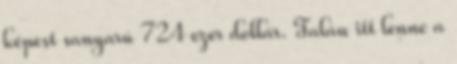
képest sanyarú 724 ezer dollár. Talán itt lenne a